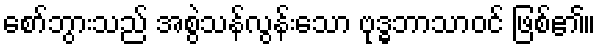
စော်ဘွားသည် အစွဲသန်လွန်းသော ဗုဒ္ဓဘာသာဝင် ဖြစ်၏။